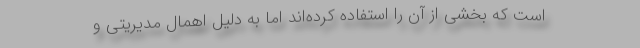
است که بخشی از آن را استفاده کرده‌اند اما به دلیل اهمال مدیریتی و